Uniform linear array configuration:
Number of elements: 32
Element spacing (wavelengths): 1
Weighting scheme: hamming
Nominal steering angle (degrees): -45
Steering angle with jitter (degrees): -45.388
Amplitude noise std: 0.05
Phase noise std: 0.05

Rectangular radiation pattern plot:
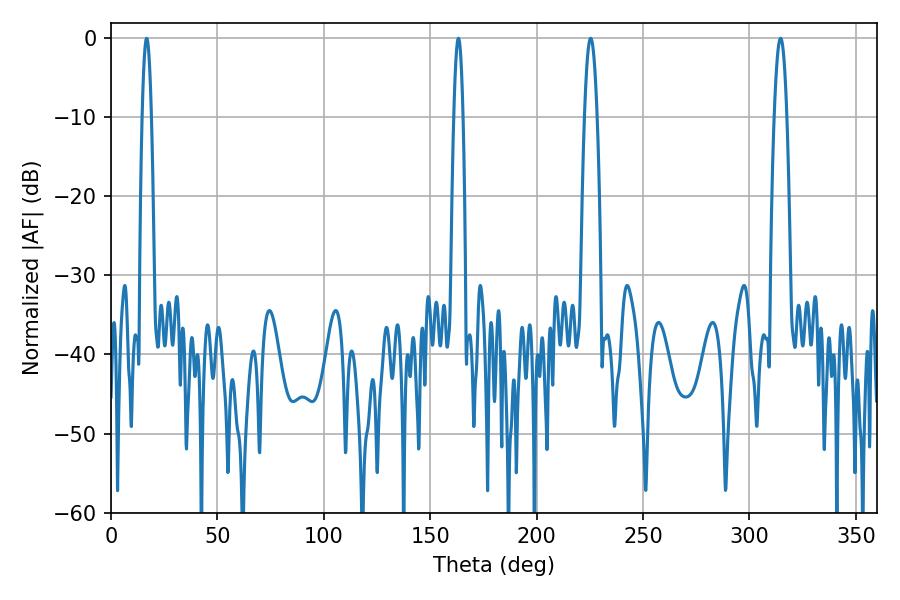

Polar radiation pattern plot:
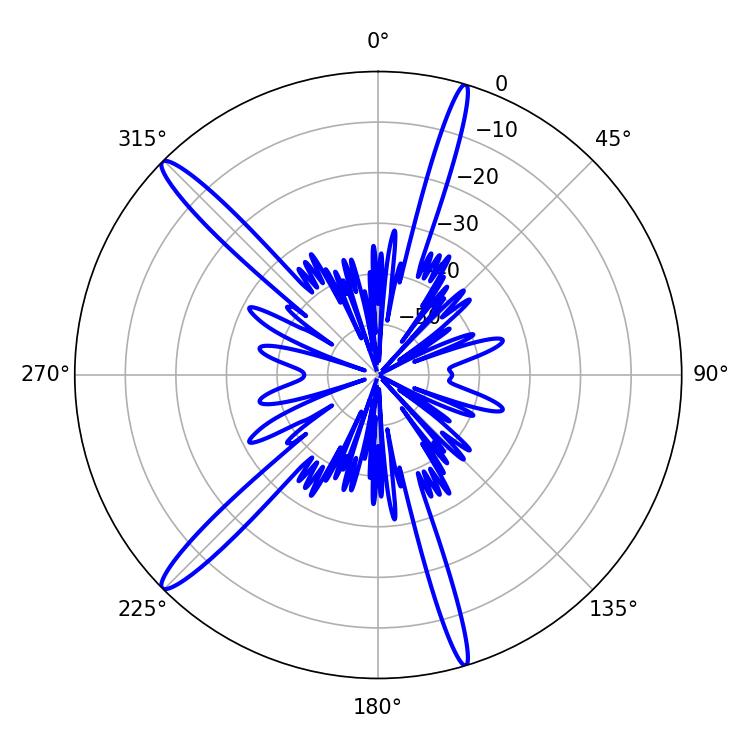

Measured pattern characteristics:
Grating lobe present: TRUE
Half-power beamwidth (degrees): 3.24
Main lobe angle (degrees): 225.36